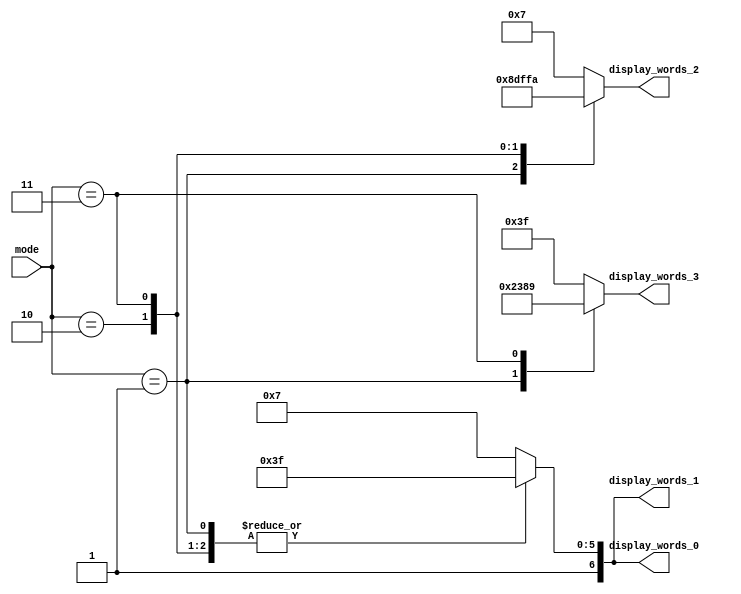
module display_7seg_words(mode, display_words_3, display_words_2, display_words_1, display_words_0);
input [1:0] mode;
output reg [6:0] display_words_3, display_words_2, display_words_1, display_words_0 = 0;
    
always @(mode)
    begin
        case(mode)
            2'b01 : display_words_3 = 7'b1000111; // low mode "L"
            2'b10 : display_words_3 = 7'b0111111; // normal mode "-"
            2'b11 : display_words_3 = 7'b0001001; // high mode "H"
            default : display_words_3 = 7'b0111111;
        endcase
    end

always @(mode)
    begin
        case(mode)
            2'b01 : display_words_2 = 7'b0100011; // low mode "o"
            2'b10 : display_words_2 = 7'b0111111; // normal mode "-"
            2'b11 : display_words_2 = 7'b1111010; // high mode "i"
            default : display_words_2 = 7'd0111111;
        endcase
    end

always @(mode)
    begin
        case(mode)
            2'b01 : display_words_1 = 7'b1111111; // low mode " "
            2'b10 : display_words_1 = 7'b1111111; // normal/medium mode " "
            2'b11 : display_words_1 = 7'b1111111; // high mode " "
            default : display_words_1 = 7'd1111111;
        endcase
    end

always @(mode)
    begin
        case(mode)
            2'b01 : display_words_0 = 7'b1111111; // low mode " "
            2'b10 : display_words_0 = 7'b1111111; // normal/medium mode " "
            2'b11 : display_words_0 = 7'b1111111; // high mode " "
            default : display_words_0 = 7'd1111111;
        endcase
    end
     
endmodule